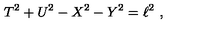
T ^ { 2 } + U ^ { 2 } - X ^ { 2 } - Y ^ { 2 } = \ell ^ { 2 } \ ,